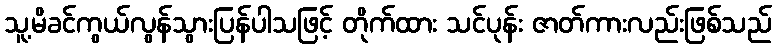
သူ့မိခင်ကွယ်လွန်သွားပြန်ပါသဖြင့် တိုက်ထား သင်ပုန်း ဇာတ်ကားလည်းဖြစ်သည်